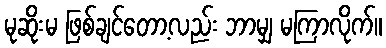
မုဆိုးမ ဖြစ်ချင်တော့လည်း ဘာမျှ မကြာလိုက်။